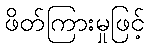
ဖိတ်ကြားမှုဖြင့်